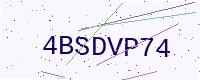
Text: 4BSDVP74